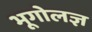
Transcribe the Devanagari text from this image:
भूगोलज्ञ